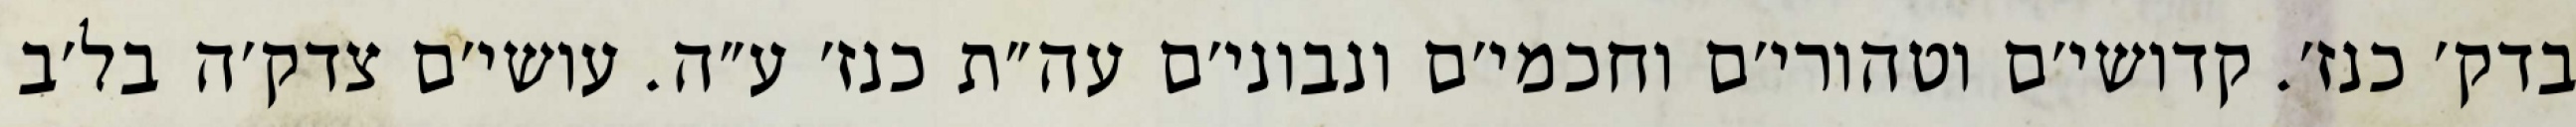
בדק׳ כנז׳. קדושי׳ם וטהורי׳ם וחכמי׳ם ונבוני׳ם עה״ת כנז׳ ע״ה. עושי׳ם צדק׳ה בל׳ב